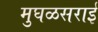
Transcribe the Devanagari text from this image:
मुघळसराई